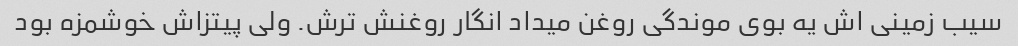
سیب زمینی اش یه بوی موندگی روغن میداد انگار روغنش ترش. ولی پیتزاش خوشمزه بود